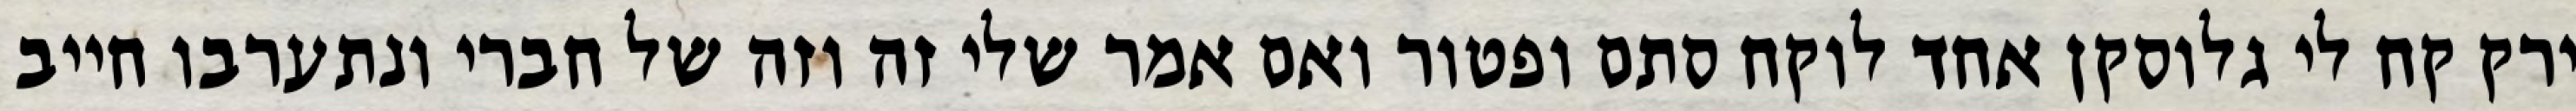
ירק קח לי גלוסקן אחד לוקח סתם ופטור ואם אמר שלי זה וזה של חברי ונתערבו חייב